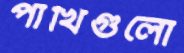
পাখিগুলো